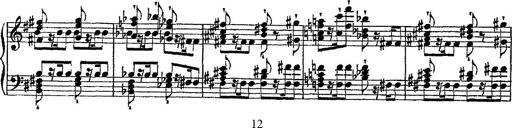
Title: Fantaisie romantique sur deux mÃ©lodies suisses
Composer: Franz Liszt